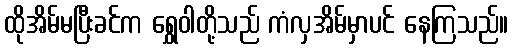
ထိုအိမ်မပြီးခင်က ရွှေဝါတို့သည် ကံလှအိမ်မှာပင် နေကြသည်။